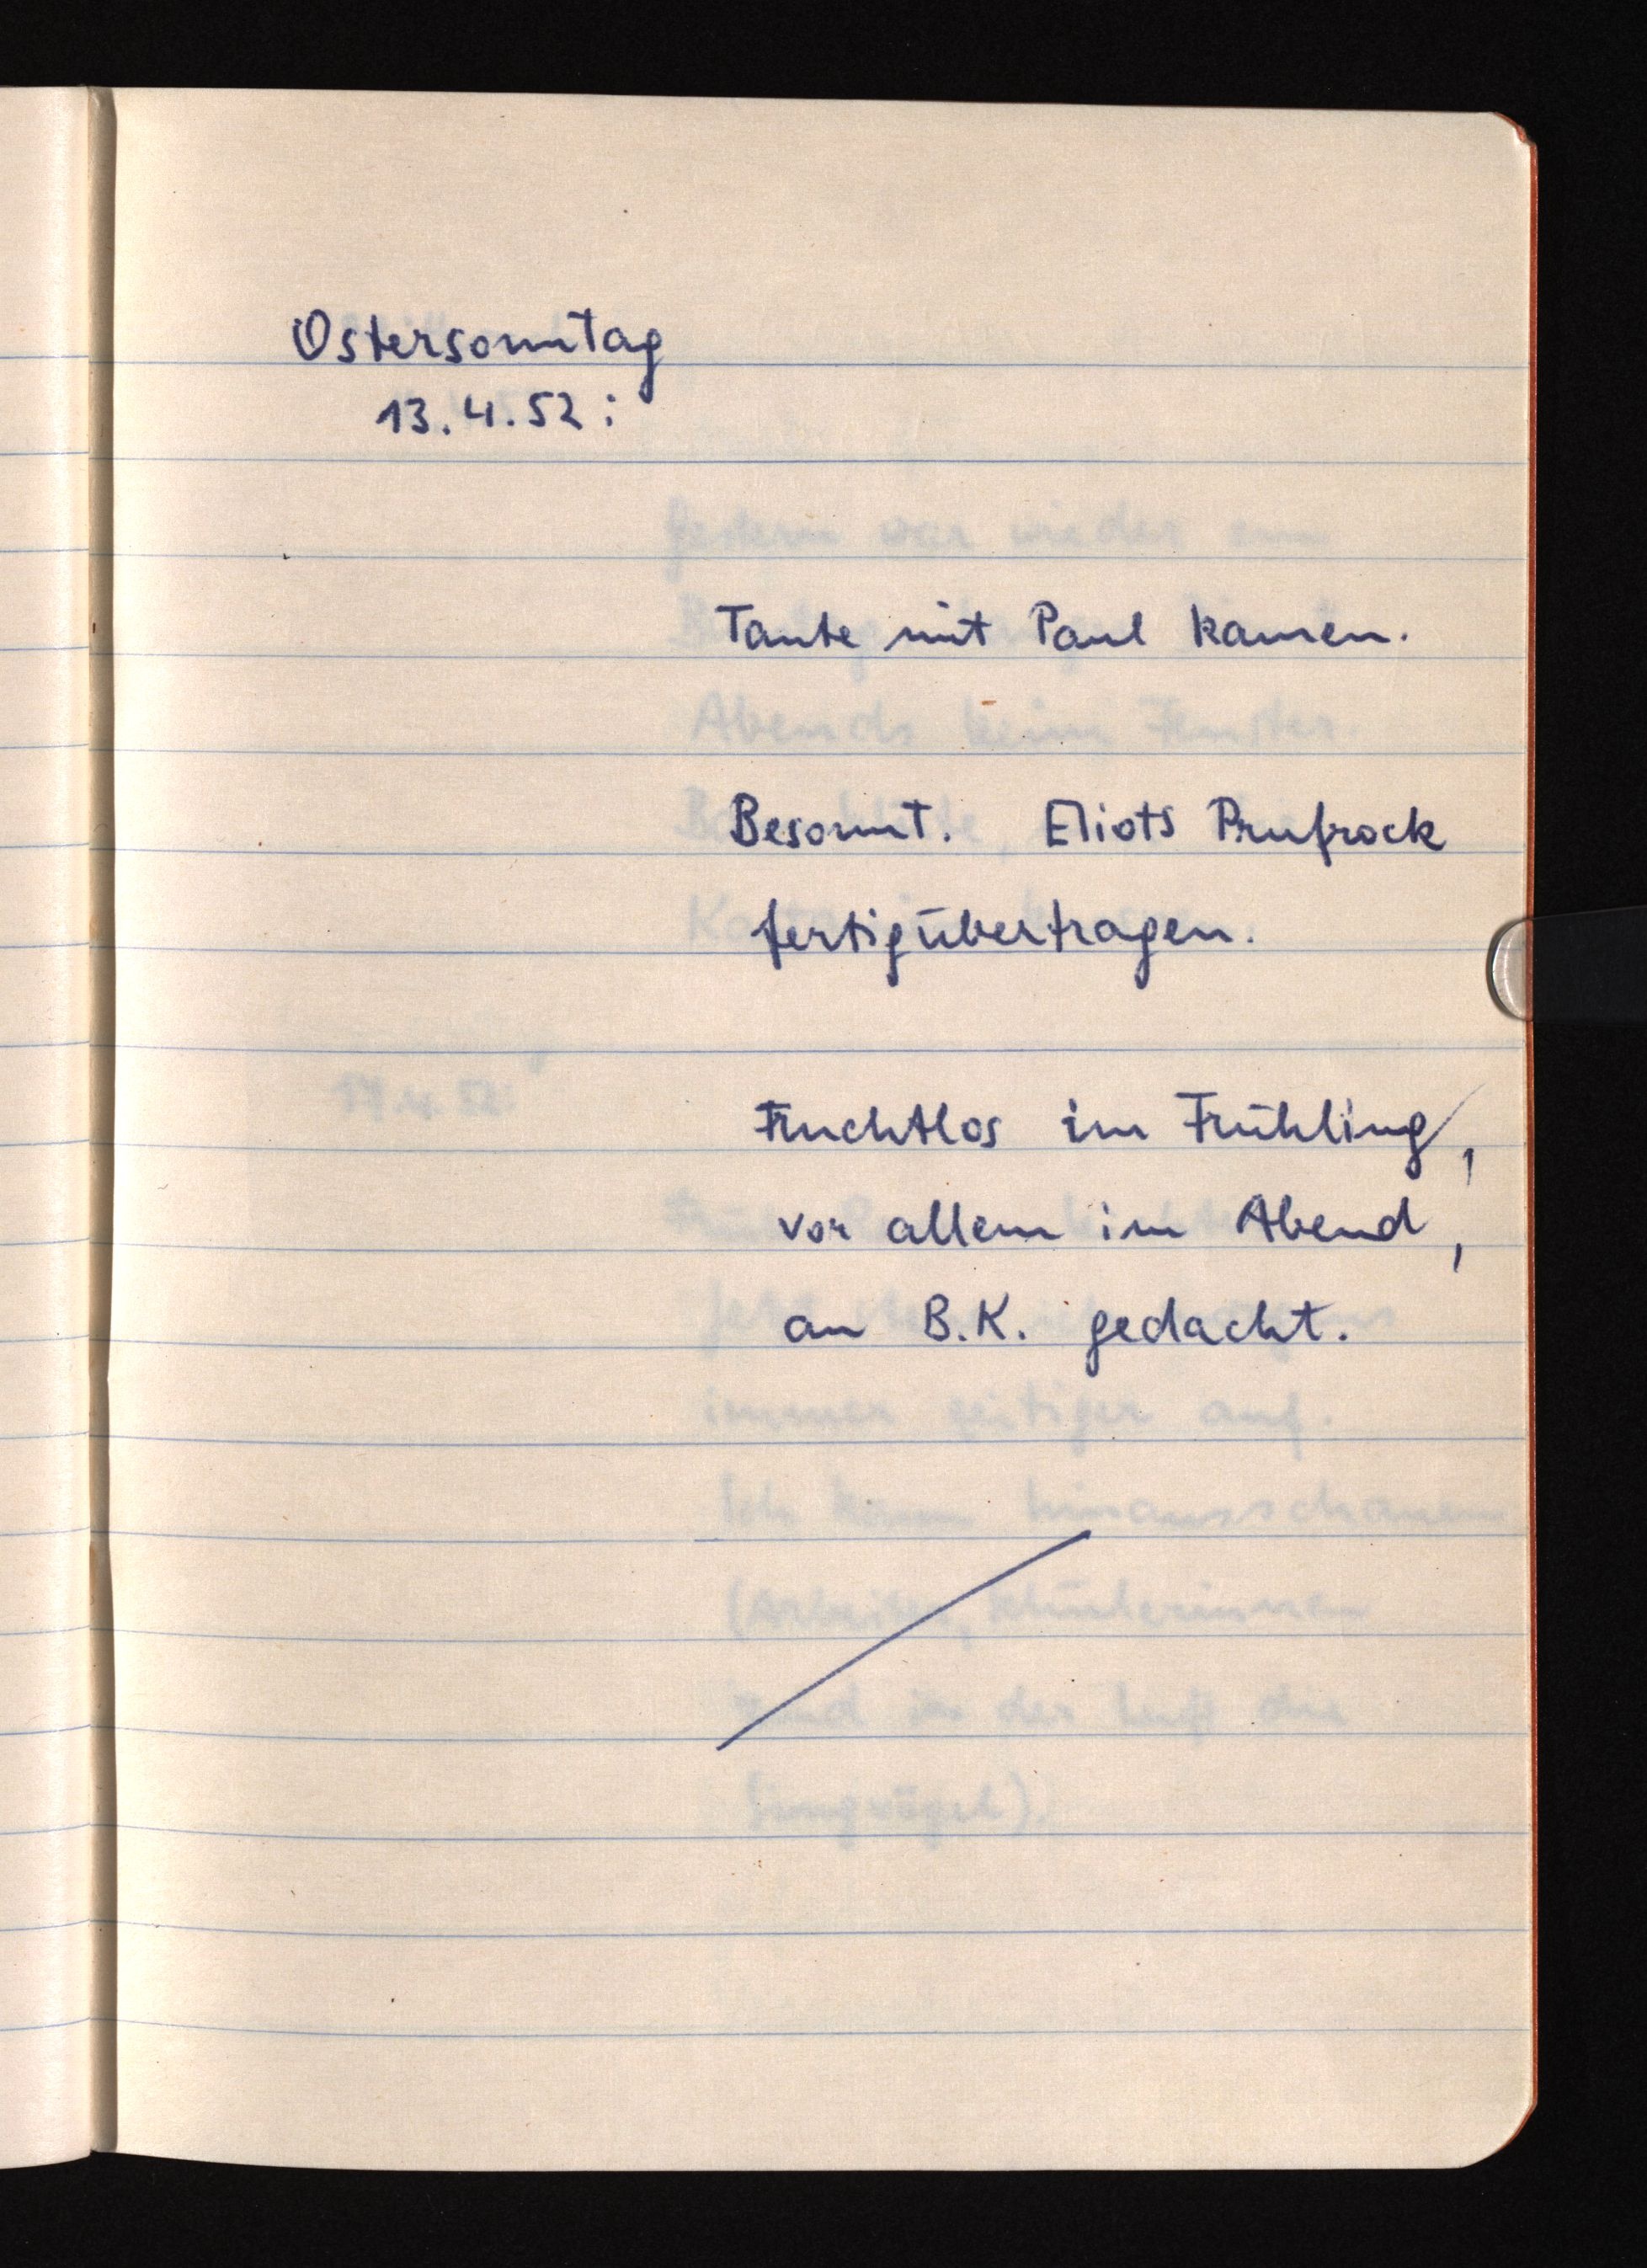
Ostersonntag
13.4.52:
Tante mit Paul kamen.
Besonnt. Eliots Prufrock
fertigübertragen.
Fruchtlos im Frühling,
vor allem im Abend,
an B. K. gedacht.